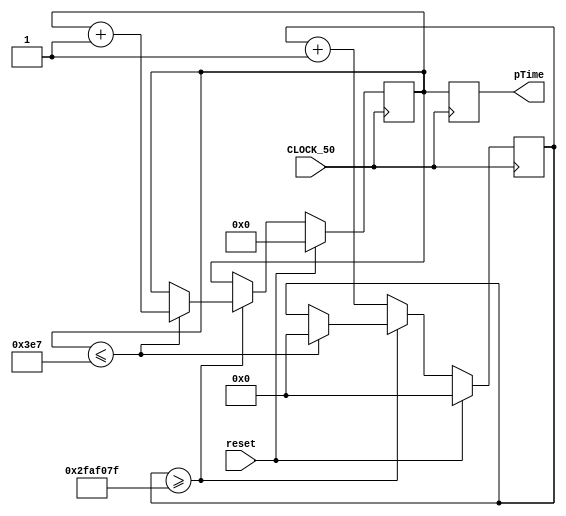
module counter(
	input CLOCK_50,
	input reset,
	output reg [9:0] pTime
	
	);




	reg [27:0] count1 = 0;
	reg [9:0] count2 = 0; 
	parameter oneSec = 28'd49_999_999 ;
 

	 always @(posedge CLOCK_50)begin
		pTime <= count2;
		 if (reset) begin
		 count1 <= 0;
		 count2 <=0;
		 end
		 
		 else if (count1 >= oneSec) begin
		 
		 if(count2 <= 999)begin
				count1 <= 0;
				count2 <= count2 + 1;
		 end
			
		 end
		 else begin
		 count1 <= count1 + 1;
	 end
	 end
endmodule